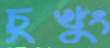
চুখুং